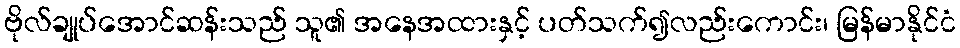
ဗိုလ်ချုပ်အောင်ဆန်းသည် သူ၏ အနေအထားနှင့် ပတ်သက်၍လည်းကောင်း၊ မြန်မာနိုင်ငံ